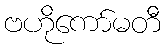
ဗဟိုကော်မတီ